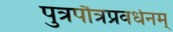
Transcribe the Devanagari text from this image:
पुत्रपौत्रप्रवर्धनम्